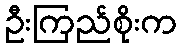
ဦးကြည်စိုးက